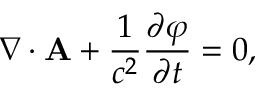
\nabla \cdot { \mathbf { A } } + { \frac { 1 } { c ^ { 2 } } } { \frac { \partial \varphi } { \partial t } } = 0 ,